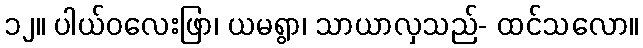
၁၂။ ပါယ်ဝလေးဖြာ၊ ယမရွာ၊ သာယာလှသည်- ထင်သလော။